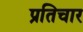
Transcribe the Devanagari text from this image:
प्रतिचार